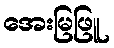
အေးမြဖြူ